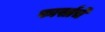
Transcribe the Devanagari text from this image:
फार्साचे